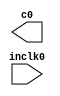
// megafunction wizard: %ALTPLL%VBB%
// GENERATION: STANDARD
// VERSION: WM1.0
// MODULE: altpll 

// ============================================================
// Megafunction Name(s):
// 			altpll
//
// Simulation Library Files(s):
// 			
// ============================================================
// ************************************************************
// THIS IS A WIZARD-GENERATED FILE. DO NOT EDIT THIS FILE!
//
// 15.1.0 Build 185 10/21/2015 SJ Standard Edition
// ************************************************************

//Copyright (C) 1991-2015 Altera Corporation. All rights reserved.
//Your use of Altera Corporation's design tools, logic functions 
//and other software and tools, and its AMPP partner logic 
//functions, and any output files from any of the foregoing 
//(including device programming or simulation files), and any 
//associated documentation or information are expressly subject 
//to the terms and conditions of the Altera Program License 
//Subscription Agreement, the Altera Quartus Prime License Agreement,
//the Altera MegaCore Function License Agreement, or other 
//applicable license agreement, including, without limitation, 
//that your use is for the sole purpose of programming logic 
//devices manufactured by Altera and sold by Altera or its 
//authorized distributors.  Please refer to the applicable 
//agreement for further details.

module pll_125 (
	inclk0,
	c0);

	input	  inclk0;
	output	  c0;

endmodule

// ============================================================
// CNX file retrieval info
// ============================================================
// Retrieval info: PRIVATE: ACTIVECLK_CHECK STRING "0"
// Retrieval info: PRIVATE: BANDWIDTH STRING "1.000"
// Retrieval info: PRIVATE: BANDWIDTH_FEATURE_ENABLED STRING "1"
// Retrieval info: PRIVATE: BANDWIDTH_FREQ_UNIT STRING "MHz"
// Retrieval info: PRIVATE: BANDWIDTH_PRESET STRING "Low"
// Retrieval info: PRIVATE: BANDWIDTH_USE_AUTO STRING "1"
// Retrieval info: PRIVATE: BANDWIDTH_USE_PRESET STRING "0"
// Retrieval info: PRIVATE: CLKBAD_SWITCHOVER_CHECK STRING "0"
// Retrieval info: PRIVATE: CLKLOSS_CHECK STRING "0"
// Retrieval info: PRIVATE: CLKSWITCH_CHECK STRING "0"
// Retrieval info: PRIVATE: CNX_NO_COMPENSATE_RADIO STRING "0"
// Retrieval info: PRIVATE: CREATE_CLKBAD_CHECK STRING "0"
// Retrieval info: PRIVATE: CREATE_INCLK1_CHECK STRING "0"
// Retrieval info: PRIVATE: CUR_DEDICATED_CLK STRING "c0"
// Retrieval info: PRIVATE: CUR_FBIN_CLK STRING "c0"
// Retrieval info: PRIVATE: DEVICE_SPEED_GRADE STRING "2"
// Retrieval info: PRIVATE: DIV_FACTOR0 NUMERIC "1"
// Retrieval info: PRIVATE: DUTY_CYCLE0 STRING "50.00000000"
// Retrieval info: PRIVATE: EFF_OUTPUT_FREQ_VALUE0 STRING "125.000000"
// Retrieval info: PRIVATE: EXPLICIT_SWITCHOVER_COUNTER STRING "0"
// Retrieval info: PRIVATE: EXT_FEEDBACK_RADIO STRING "0"
// Retrieval info: PRIVATE: GLOCKED_COUNTER_EDIT_CHANGED STRING "1"
// Retrieval info: PRIVATE: GLOCKED_FEATURE_ENABLED STRING "0"
// Retrieval info: PRIVATE: GLOCKED_MODE_CHECK STRING "0"
// Retrieval info: PRIVATE: GLOCK_COUNTER_EDIT NUMERIC "1048575"
// Retrieval info: PRIVATE: HAS_MANUAL_SWITCHOVER STRING "1"
// Retrieval info: PRIVATE: INCLK0_FREQ_EDIT STRING "50.000"
// Retrieval info: PRIVATE: INCLK0_FREQ_UNIT_COMBO STRING "MHz"
// Retrieval info: PRIVATE: INCLK1_FREQ_EDIT STRING "100.000"
// Retrieval info: PRIVATE: INCLK1_FREQ_EDIT_CHANGED STRING "1"
// Retrieval info: PRIVATE: INCLK1_FREQ_UNIT_CHANGED STRING "1"
// Retrieval info: PRIVATE: INCLK1_FREQ_UNIT_COMBO STRING "MHz"
// Retrieval info: PRIVATE: INTENDED_DEVICE_FAMILY STRING "Stratix IV"
// Retrieval info: PRIVATE: INT_FEEDBACK__MODE_RADIO STRING "1"
// Retrieval info: PRIVATE: LOCKED_OUTPUT_CHECK STRING "0"
// Retrieval info: PRIVATE: LONG_SCAN_RADIO STRING "1"
// Retrieval info: PRIVATE: LVDS_MODE_DATA_RATE STRING "Not Available"
// Retrieval info: PRIVATE: LVDS_MODE_DATA_RATE_DIRTY NUMERIC "0"
// Retrieval info: PRIVATE: LVDS_PHASE_SHIFT_UNIT0 STRING "deg"
// Retrieval info: PRIVATE: MIG_DEVICE_SPEED_GRADE STRING "Any"
// Retrieval info: PRIVATE: MULT_FACTOR0 NUMERIC "1"
// Retrieval info: PRIVATE: NORMAL_MODE_RADIO STRING "1"
// Retrieval info: PRIVATE: OUTPUT_FREQ0 STRING "125.00000000"
// Retrieval info: PRIVATE: OUTPUT_FREQ_MODE0 STRING "1"
// Retrieval info: PRIVATE: OUTPUT_FREQ_UNIT0 STRING "MHz"
// Retrieval info: PRIVATE: PHASE_RECONFIG_FEATURE_ENABLED STRING "1"
// Retrieval info: PRIVATE: PHASE_RECONFIG_INPUTS_CHECK STRING "0"
// Retrieval info: PRIVATE: PHASE_SHIFT0 STRING "0.00000000"
// Retrieval info: PRIVATE: PHASE_SHIFT_STEP_ENABLED_CHECK STRING "0"
// Retrieval info: PRIVATE: PHASE_SHIFT_UNIT0 STRING "deg"
// Retrieval info: PRIVATE: PLL_ADVANCED_PARAM_CHECK STRING "0"
// Retrieval info: PRIVATE: PLL_ARESET_CHECK STRING "0"
// Retrieval info: PRIVATE: PLL_AUTOPLL_CHECK NUMERIC "1"
// Retrieval info: PRIVATE: PLL_ENHPLL_CHECK NUMERIC "0"
// Retrieval info: PRIVATE: PLL_FASTPLL_CHECK NUMERIC "0"
// Retrieval info: PRIVATE: PLL_FBMIMIC_CHECK STRING "0"
// Retrieval info: PRIVATE: PLL_LVDS_PLL_CHECK NUMERIC "0"
// Retrieval info: PRIVATE: PLL_PFDENA_CHECK STRING "0"
// Retrieval info: PRIVATE: PLL_TARGET_HARCOPY_CHECK NUMERIC "0"
// Retrieval info: PRIVATE: PRIMARY_CLK_COMBO STRING "inclk0"
// Retrieval info: PRIVATE: RECONFIG_FILE STRING "pll_125.mif"
// Retrieval info: PRIVATE: SACN_INPUTS_CHECK STRING "0"
// Retrieval info: PRIVATE: SCAN_FEATURE_ENABLED STRING "1"
// Retrieval info: PRIVATE: SELF_RESET_LOCK_LOSS STRING "0"
// Retrieval info: PRIVATE: SHORT_SCAN_RADIO STRING "0"
// Retrieval info: PRIVATE: SPREAD_FEATURE_ENABLED STRING "0"
// Retrieval info: PRIVATE: SPREAD_FREQ STRING "50.000"
// Retrieval info: PRIVATE: SPREAD_FREQ_UNIT STRING "KHz"
// Retrieval info: PRIVATE: SPREAD_PERCENT STRING "0.500"
// Retrieval info: PRIVATE: SPREAD_USE STRING "0"
// Retrieval info: PRIVATE: SRC_SYNCH_COMP_RADIO STRING "0"
// Retrieval info: PRIVATE: STICKY_CLK0 STRING "1"
// Retrieval info: PRIVATE: SWITCHOVER_COUNT_EDIT NUMERIC "1"
// Retrieval info: PRIVATE: SWITCHOVER_FEATURE_ENABLED STRING "1"
// Retrieval info: PRIVATE: SYNTH_WRAPPER_GEN_POSTFIX STRING "0"
// Retrieval info: PRIVATE: USE_CLK0 STRING "1"
// Retrieval info: PRIVATE: USE_MIL_SPEED_GRADE NUMERIC "0"
// Retrieval info: PRIVATE: ZERO_DELAY_RADIO STRING "0"
// Retrieval info: LIBRARY: altera_mf altera_mf.altera_mf_components.all
// Retrieval info: CONSTANT: BANDWIDTH_TYPE STRING "AUTO"
// Retrieval info: CONSTANT: CLK0_DIVIDE_BY NUMERIC "2"
// Retrieval info: CONSTANT: CLK0_DUTY_CYCLE NUMERIC "50"
// Retrieval info: CONSTANT: CLK0_MULTIPLY_BY NUMERIC "5"
// Retrieval info: CONSTANT: CLK0_PHASE_SHIFT STRING "0"
// Retrieval info: CONSTANT: COMPENSATE_CLOCK STRING "CLK0"
// Retrieval info: CONSTANT: INCLK0_INPUT_FREQUENCY NUMERIC "20000"
// Retrieval info: CONSTANT: INTENDED_DEVICE_FAMILY STRING "Stratix IV"
// Retrieval info: CONSTANT: LPM_TYPE STRING "altpll"
// Retrieval info: CONSTANT: OPERATION_MODE STRING "NORMAL"
// Retrieval info: CONSTANT: PLL_TYPE STRING "AUTO"
// Retrieval info: CONSTANT: PORT_ACTIVECLOCK STRING "PORT_UNUSED"
// Retrieval info: CONSTANT: PORT_ARESET STRING "PORT_UNUSED"
// Retrieval info: CONSTANT: PORT_CLKBAD0 STRING "PORT_UNUSED"
// Retrieval info: CONSTANT: PORT_CLKBAD1 STRING "PORT_UNUSED"
// Retrieval info: CONSTANT: PORT_CLKLOSS STRING "PORT_UNUSED"
// Retrieval info: CONSTANT: PORT_CLKSWITCH STRING "PORT_UNUSED"
// Retrieval info: CONSTANT: PORT_CONFIGUPDATE STRING "PORT_UNUSED"
// Retrieval info: CONSTANT: PORT_FBIN STRING "PORT_UNUSED"
// Retrieval info: CONSTANT: PORT_FBOUT STRING "PORT_UNUSED"
// Retrieval info: CONSTANT: PORT_INCLK0 STRING "PORT_USED"
// Retrieval info: CONSTANT: PORT_INCLK1 STRING "PORT_UNUSED"
// Retrieval info: CONSTANT: PORT_LOCKED STRING "PORT_UNUSED"
// Retrieval info: CONSTANT: PORT_PFDENA STRING "PORT_UNUSED"
// Retrieval info: CONSTANT: PORT_PHASECOUNTERSELECT STRING "PORT_UNUSED"
// Retrieval info: CONSTANT: PORT_PHASEDONE STRING "PORT_UNUSED"
// Retrieval info: CONSTANT: PORT_PHASESTEP STRING "PORT_UNUSED"
// Retrieval info: CONSTANT: PORT_PHASEUPDOWN STRING "PORT_UNUSED"
// Retrieval info: CONSTANT: PORT_PLLENA STRING "PORT_UNUSED"
// Retrieval info: CONSTANT: PORT_SCANACLR STRING "PORT_UNUSED"
// Retrieval info: CONSTANT: PORT_SCANCLK STRING "PORT_UNUSED"
// Retrieval info: CONSTANT: PORT_SCANCLKENA STRING "PORT_UNUSED"
// Retrieval info: CONSTANT: PORT_SCANDATA STRING "PORT_UNUSED"
// Retrieval info: CONSTANT: PORT_SCANDATAOUT STRING "PORT_UNUSED"
// Retrieval info: CONSTANT: PORT_SCANDONE STRING "PORT_UNUSED"
// Retrieval info: CONSTANT: PORT_SCANREAD STRING "PORT_UNUSED"
// Retrieval info: CONSTANT: PORT_SCANWRITE STRING "PORT_UNUSED"
// Retrieval info: CONSTANT: PORT_clk0 STRING "PORT_USED"
// Retrieval info: CONSTANT: PORT_clk1 STRING "PORT_UNUSED"
// Retrieval info: CONSTANT: PORT_clk2 STRING "PORT_UNUSED"
// Retrieval info: CONSTANT: PORT_clk3 STRING "PORT_UNUSED"
// Retrieval info: CONSTANT: PORT_clk4 STRING "PORT_UNUSED"
// Retrieval info: CONSTANT: PORT_clk5 STRING "PORT_UNUSED"
// Retrieval info: CONSTANT: PORT_clk6 STRING "PORT_UNUSED"
// Retrieval info: CONSTANT: PORT_clk7 STRING "PORT_UNUSED"
// Retrieval info: CONSTANT: PORT_clk8 STRING "PORT_UNUSED"
// Retrieval info: CONSTANT: PORT_clk9 STRING "PORT_UNUSED"
// Retrieval info: CONSTANT: PORT_clkena0 STRING "PORT_UNUSED"
// Retrieval info: CONSTANT: PORT_clkena1 STRING "PORT_UNUSED"
// Retrieval info: CONSTANT: PORT_clkena2 STRING "PORT_UNUSED"
// Retrieval info: CONSTANT: PORT_clkena3 STRING "PORT_UNUSED"
// Retrieval info: CONSTANT: PORT_clkena4 STRING "PORT_UNUSED"
// Retrieval info: CONSTANT: PORT_clkena5 STRING "PORT_UNUSED"
// Retrieval info: CONSTANT: USING_FBMIMICBIDIR_PORT STRING "OFF"
// Retrieval info: CONSTANT: WIDTH_CLOCK NUMERIC "10"
// Retrieval info: USED_PORT: @clk 0 0 10 0 OUTPUT_CLK_EXT VCC "@clk[9..0]"
// Retrieval info: USED_PORT: c0 0 0 0 0 OUTPUT_CLK_EXT VCC "c0"
// Retrieval info: USED_PORT: inclk0 0 0 0 0 INPUT_CLK_EXT GND "inclk0"
// Retrieval info: CONNECT: @inclk 0 0 1 1 GND 0 0 0 0
// Retrieval info: CONNECT: @inclk 0 0 1 0 inclk0 0 0 0 0
// Retrieval info: CONNECT: c0 0 0 0 0 @clk 0 0 1 0
// Retrieval info: GEN_FILE: TYPE_NORMAL pll_125.v TRUE
// Retrieval info: GEN_FILE: TYPE_NORMAL pll_125.ppf TRUE
// Retrieval info: GEN_FILE: TYPE_NORMAL pll_125.inc FALSE
// Retrieval info: GEN_FILE: TYPE_NORMAL pll_125.cmp TRUE
// Retrieval info: GEN_FILE: TYPE_NORMAL pll_125.bsf TRUE
// Retrieval info: GEN_FILE: TYPE_NORMAL pll_125_inst.v FALSE
// Retrieval info: GEN_FILE: TYPE_NORMAL pll_125_bb.v TRUE
// Retrieval info: GEN_FILE: TYPE_NORMAL pll_125_waveforms.html TRUE
// Retrieval info: GEN_FILE: TYPE_NORMAL pll_125_wave*.jpg FALSE
// Retrieval info: CBX_MODULE_PREFIX: ON